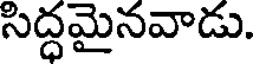
సిద్ధమైనవాడు.